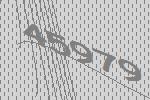
45979